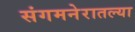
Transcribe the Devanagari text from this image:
संगमनेरातल्या